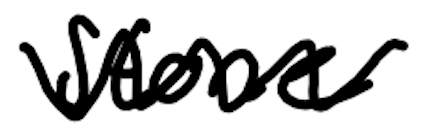
Text: Stone
Cross-out: zig-zag
Writing tool: digital_black